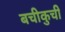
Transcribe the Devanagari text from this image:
बचीकुची